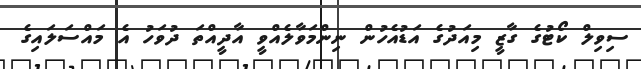
ސިވިލް ކޯޓުގެ ގާޒީ މިއަދުގެ އަޑުއެހުން ނިންމަވާލެއްވީ އާދީއްތަ ދުވަހު އެ މައްސަލައިގެ